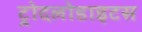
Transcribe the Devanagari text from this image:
ट्रोदलोडाइटस